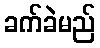
ခက်ခဲမည်